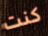
كنت